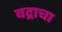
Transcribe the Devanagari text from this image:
वद्राचा